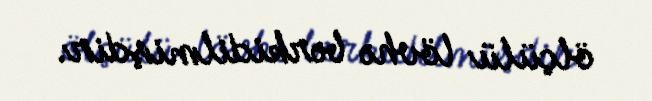
ölçülü lövhə bərkidilmişdir.